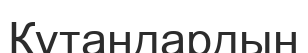
Құтандардың